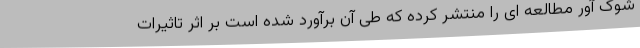
شوک آور مطالعه ای را منتشر کرده که طی آن برآورد شده است بر اثر تاثیرات